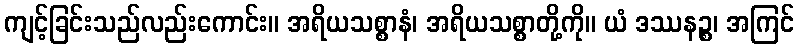
ကျင့်ခြင်းသည်လည်းကောင်း။ အရိယသစ္စာနံ၊ အရိယသစ္စာတို့ကို။ ယံ ဒဿနဉ္စ၊ အကြင်